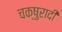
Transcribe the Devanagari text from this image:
चक्षुरादी